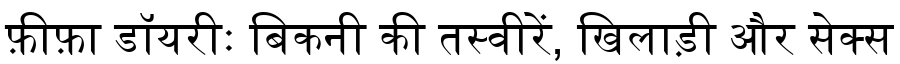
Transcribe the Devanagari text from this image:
फ़ीफ़ा डॉयरीः बिकनी की तस्वीरें, खिलाड़ी और सेक्स